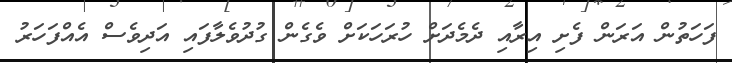
ފަހަތުން އަރަން ފެށި އިރާއި ދެމެދަށް ހުރަހަކަށް ވެގެން ގުދުވެލާފައި އަދިވެސް އެއްފަހަރު